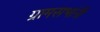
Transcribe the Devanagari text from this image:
ग्रामसभांनी